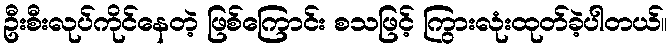
ဦးစီးလုပ်ကိုင်နေတဲ့ ဖြစ်ကြောင်း စသဖြင့် ကြွားလုံးထုတ်ခဲ့ပါတယ်။